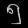
Digit: ၅